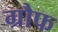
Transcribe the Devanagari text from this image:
ग्रौफ